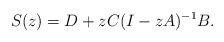
LaTeX: \begin{align*} S(z) = D + z C (I - zA)^{-1} B.\end{align*}